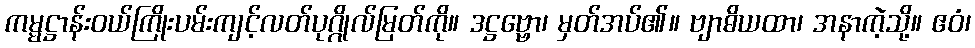
ကမ္မဋ္ဌာန်းဝယ်ကြိုးပမ်းကျင့်လတ်ပုဂ္ဂိုလ်မြတ်ကို။ ဒဋ္ဌဗ္ဗော၊ မှတ်အပ်၏။ ဗျာဓိယထာ၊ အနာကဲ့သို့။ ဧဝံ၊